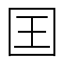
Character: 囯